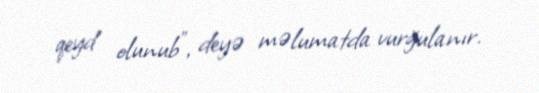
qeyd olunub", deyə məlumatda vurğulanır.